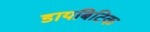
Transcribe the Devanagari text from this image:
डायबिटिक